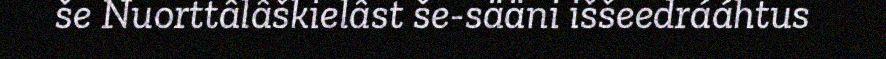
še Nuorttâlâškielâst še-sääni iššeedrááhtus